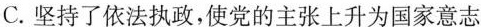
C.坚持了依法执政，使党的主张上升为国家意志